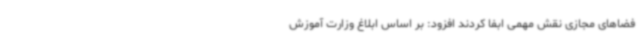
فضاهای مجازی نقش مهمی ابفا کردند افزود: بر اساس ابلاغ وزارت آموزش